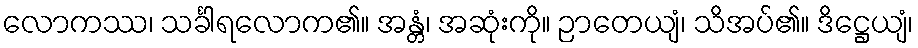
လောကဿ၊ သင်္ခါရလောက၏။ အန္တံ၊ အဆုံးကို။ ဉာတေယျံ၊ သိအပ်၏။ ဒိဋ္ဌေယျံ၊